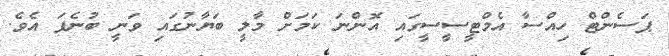
ޕަސެންޓް ހިއްސާ އެމްޓީސީސީގައި އޮންނަ ކަމަށް މާލީ ބަޔާނުގައި ވަނީ ބުނެފަ އެވެ.